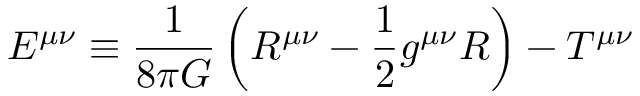
E ^ { \mu \nu } \equiv \frac { 1 } { 8 \pi G } \left( R ^ { \mu \nu } - \frac { 1 } { 2 } g ^ { \mu \nu } R \right) - T ^ { \mu \nu }